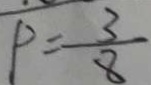
P = \frac { 3 } { 8 }